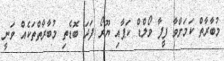
މުބާރާތް ކަމަށްވާ ފީފާ ވޯލްޑް ކަޕާއި ޔޫރޯ ފަދަ ބޮޑެތި މުބާރާތްތަކެއް ވަނީ